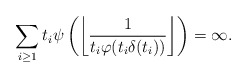
\begin{align*}\sum_{i\geq 1}t_i\psi\left(\left\lfloor\frac{1}{t_i\varphi(t_i\delta(t_i))}\right\rfloor\right)=\infty.\end{align*}